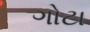
ગોટા